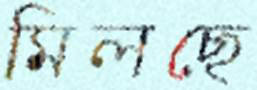
মিলছে